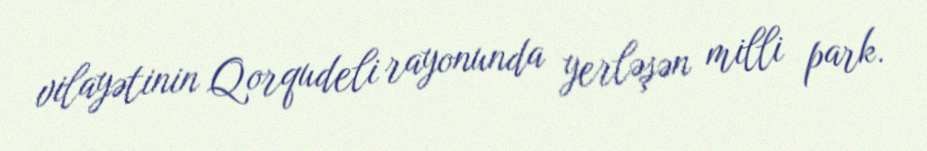
vilayətinin Qorqudeli rayonunda yerləşən milli park.